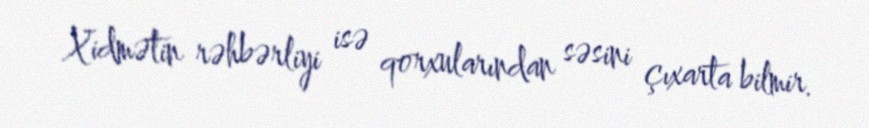
Xidmətin rəhbərliyi isə qorxularından səsini çıxarta bilmir.